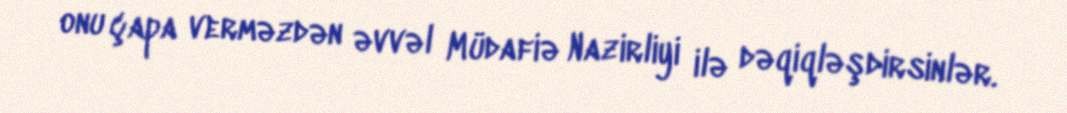
onu çapa verməzdən əvvəl Müdafiə Nazirliyi ilə dəqiqləşdirsinlər.